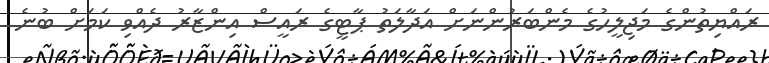
ރައްޔިތުންގެ މަޖިލީހުގެ މެންބަރުންނަށް އަދާލަތު ޕާޓީގެ ރައީސް އިންޒާރު ދެއްވި ކަމަށް ބުނެ